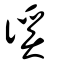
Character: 徯